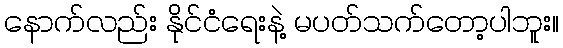
နောက်လည်း နိုင်ငံရေးနဲ့ မပတ်သက်တော့ပါဘူး။